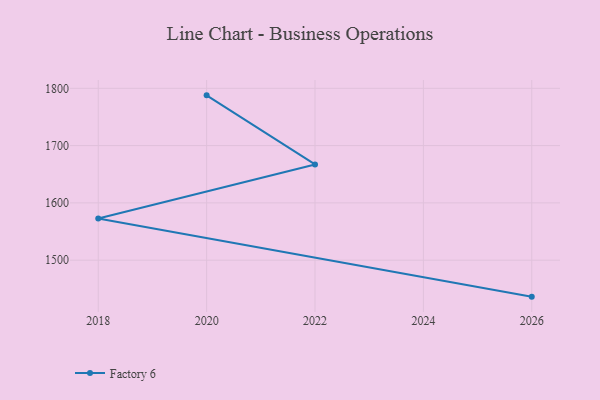
{"axis": {"x": "Year", "y": "Bounce Rate (%)"}, "legend": ["Factory 6"], "data": [{"x": "2026", "y": 1436.3, "type": "Factory 6"}, {"x": "2018", "y": 1572.8, "type": "Factory 6"}, {"x": "2022", "y": 1667.1, "type": "Factory 6"}, {"x": "2020", "y": 1787.7, "type": "Factory 6"}]}